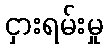
ငှားရမ်းမှု